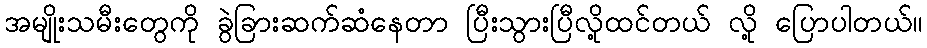
အမျိုးသမီးတွေကို ခွဲခြားဆက်ဆံနေတာ ပြီးသွားပြီလို့ထင်တယ် လို့ ပြောပါတယ်။